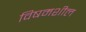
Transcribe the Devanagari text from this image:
विषमशील